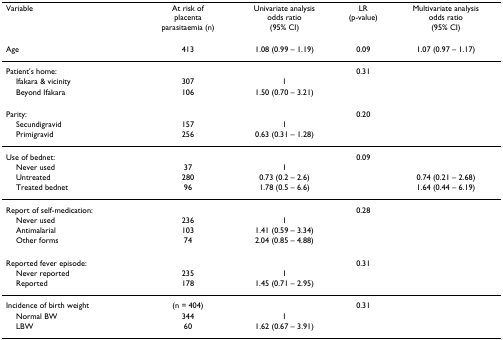
| Variable | At risk ofplacentaparasitaemia (n) | Univariate analysisodds ratio(95% CI) | LR (p-value) | Multivariate analysisodds ratio(95% CI) |
 | --- | --- | --- | --- | --- |
 | Age | 413 | 1.08 (0.99 – 1.19) | 0.09 | 1.07 (0.97 – 1.17) |
 | Patient's home: |  |  | 0.31 |  |
 | Ifakara & vicinity | 307 | 1 |  |  |
 | Beyond Ifakara | 106 | 1.50 (0.70 – 3.21) |  |  |
 | Parity: |  |  | 0.20 |  |
 | Secundigravid | 157 | 1 |  |  |
 | Primigravid | 256 | 0.63 (0.31 – 1.28) |  |  |
 | Use of bednet: |  |  | 0.09 |  |
 | Never used | 37 | 1 |  |  |
 | Untreated | 280 | 0.73 (0.2 – 2.6) |  | 0.74 (0.21 – 2.68) |
 | Treated bednet | 96 | 1.78 (0.5 – 6.6) |  | 1.64 (0.44 – 6.19) |
 | Report of self-medication: |  |  | 0.28 |  |
 | Never used | 236 | 1 |  |  |
 | Antimalarial | 103 | 1.41 (0.59 – 3.34) |  |  |
 | Other forms | 74 | 2.04 (0.85 – 4.88) |  |  |
 | Reported fever episode: |  |  | 0.31 |  |
 | Never reported | 235 | 1 |  |  |
 | Reported | 178 | 1.45 (0.71 – 2.95) |  |  |
 | Incidence of birth weight | (n = 404) |  | 0.31 |  |
 | Normal BW | 344 | 1 |  |  |
 | LBW | 60 | 1.62 (0.67 – 3.91) |  |  |